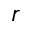
r